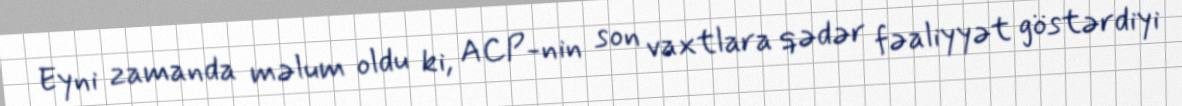
Eyni zamanda məlum oldu ki, ACP-nin son vaxtlara qədər fəaliyyət göstərdiyi